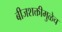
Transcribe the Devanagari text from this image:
बीजशक्तीमुळेच